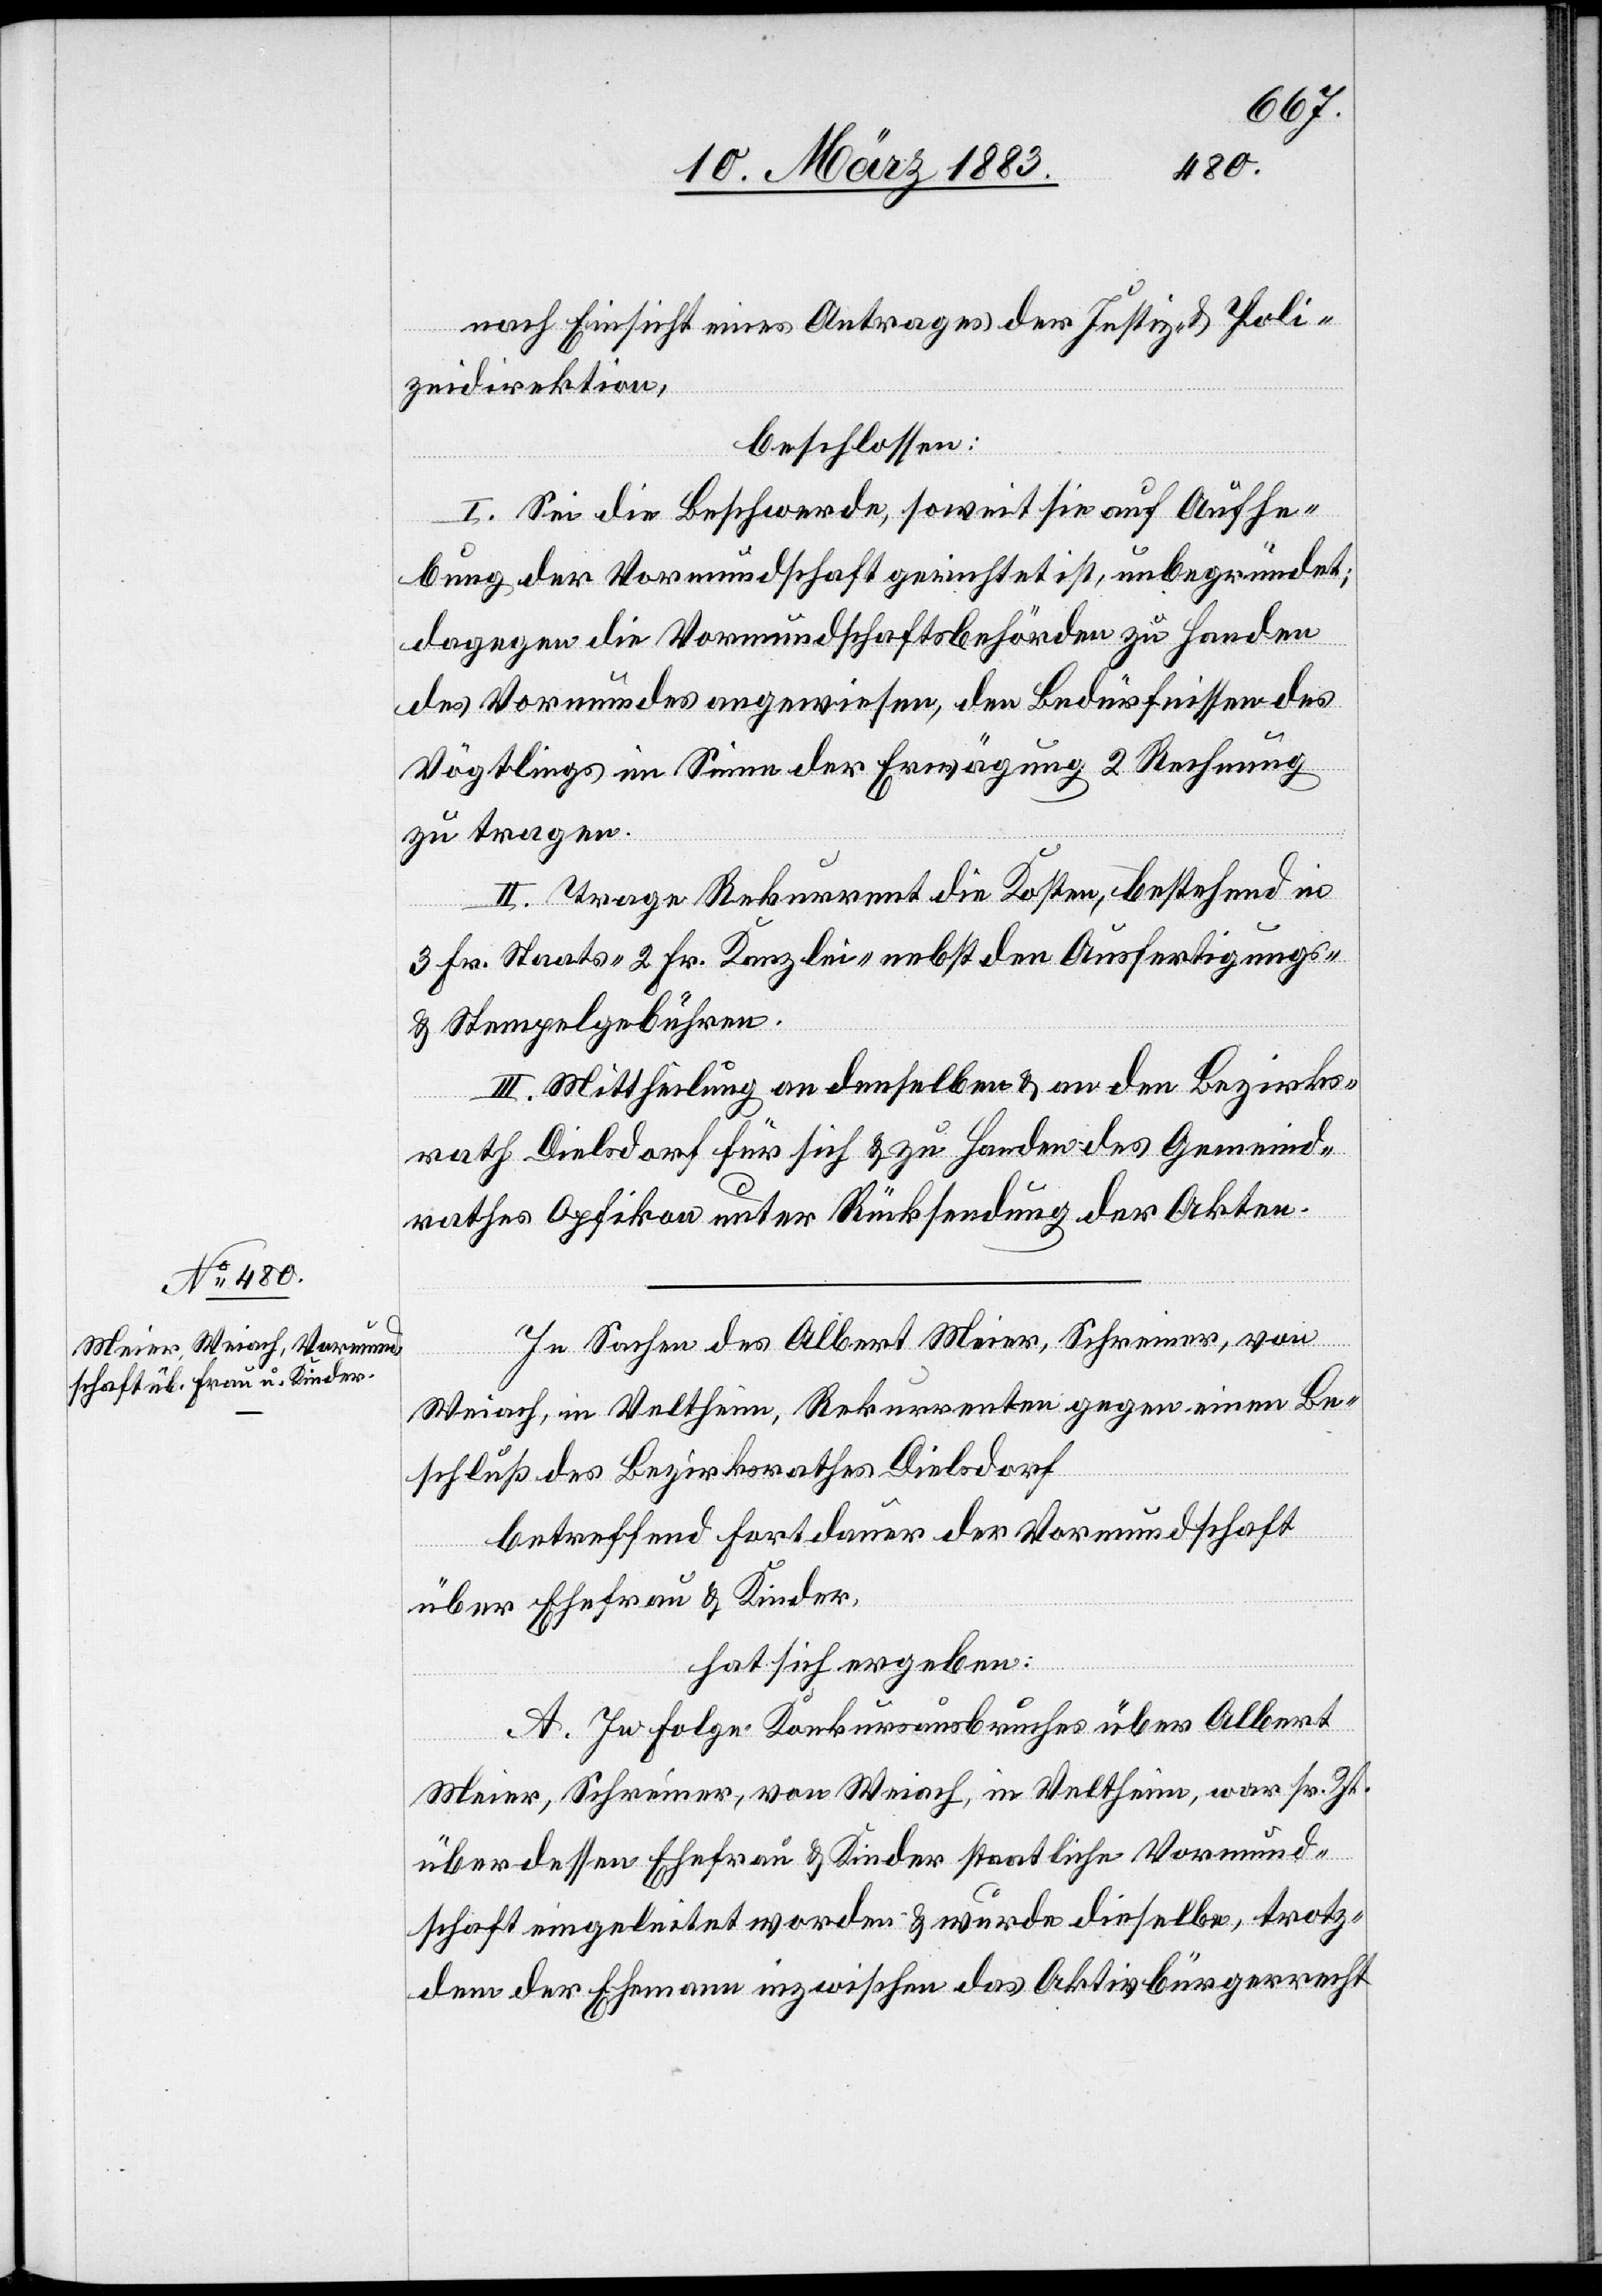
B.
elben.